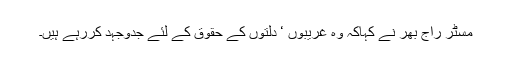
مسٹر راج بھر نے کہاکہ وہ غریبوں ‘ دلتوں کے حقوق کے لئے جدوجہد کررہے ہیں۔